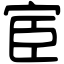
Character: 宦